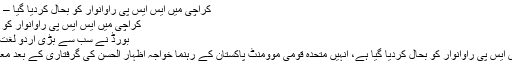
کراچی میں ایس ایس پی راؤانوار کو بحال کردیا گیا – 7 News Tv
کراچی میں ایس ایس پی راؤانوار کو بحال کردیا گیا
بورڈ نے سب سے بڑی اردو لغت آن لائن کردی
کراچی میں ایس ایس پی راؤانوار کو بحال کردیا گیا ہے، انہیں متحدہ قومی موومنٹ پاکستان کے رہنما خواجہ اظہار الحسن کی گرفتاری کے بعد معطل کیا گیا تھا۔